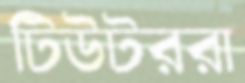
টিউটররা